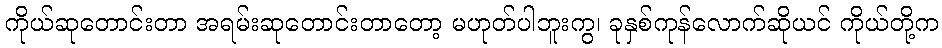
ကိုယ်ဆုတောင်းတာ အရမ်းဆုတောင်းတာတော့ မဟုတ်ပါဘူးကွ၊ ခုနှစ်ကုန်လောက်ဆိုယင် ကိုယ်တို့က